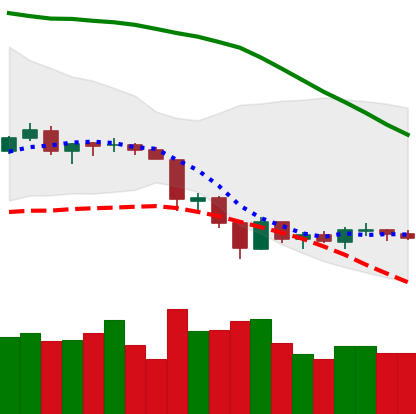
Ticker: LTC-USD
Chart end date: 2018-06-21
Forward return: -20.695%
Label: down_7plus